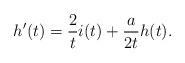
LaTeX: \begin{align*}h'(t) = \frac{2}{t} i(t) + \frac{a}{2t} h(t).\end{align*}